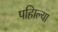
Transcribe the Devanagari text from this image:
पहिाल्या